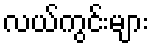
လယ်ကွင်းများ